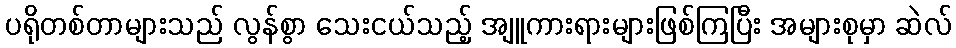
ပရိုတစ်တာများသည် လွန်စွာ သေးငယ်သည့် အျူကားရားများဖြစ်ကြပြီး အများစုမှာ ဆဲလ်